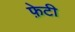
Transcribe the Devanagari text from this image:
फ़ेटी